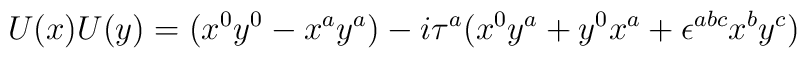
U(x) U(y) = (x^0 y^0 - x^a y^a ) - i \tau^a ( x^0 y^a +y^0 x^a + \epsilon^{abc} x^b y^c )